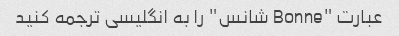
عبارت "Bonne شانس" را به انگلیسی ترجمه کنید